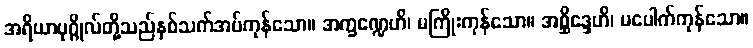
အရိယာပုဂ္ဂိုလ်တို့သည်နှစ်သက်အပ်ကုန်သော။ အက္ခဏ္ဍေဟိ၊ မကြိုးကုန်သော။ အစ္ဆိဒ္ဒေဟိ၊ မပေါက်ကုန်သော။